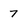
Character: 7